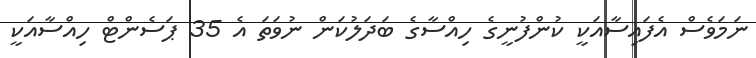
ނަމަވެސް އެފައިސާއަކީ ކުންފުނީގެ ހިއްސާގެ ބަދަލުކަން ނުވަތަ އެ 35 ޕަސެންޓް ހިއްސާއަކީ